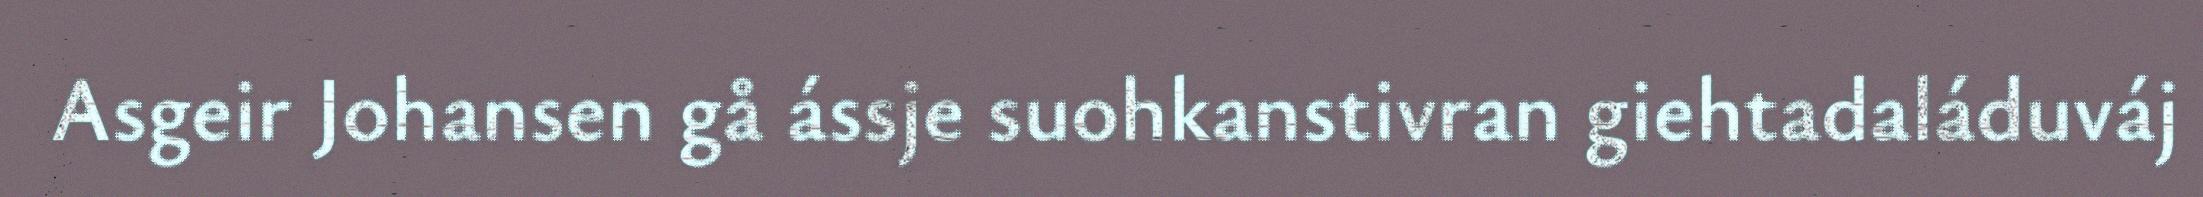
Asgeir Johansen gå ássje suohkanstivran giehtadaláduváj